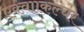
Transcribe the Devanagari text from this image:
एक्वााकल्चर